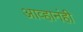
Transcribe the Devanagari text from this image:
आव्हानंही